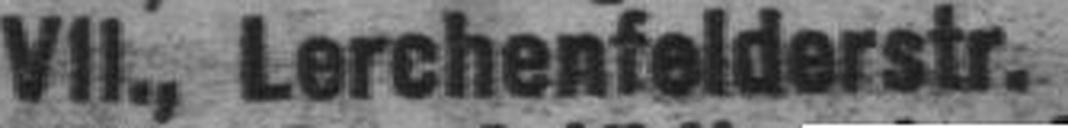
VII. , Lerchenfelderstr. ###